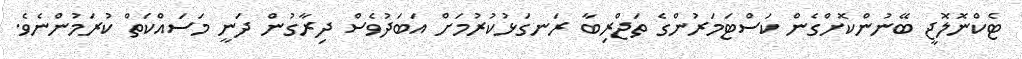
ޓެކްނޮލޮޖީ ބޭނުންކޮށްގެން ކަސްޓަމަރުންގެ ތަޖްރިބާ ރަނގަޅުކުރުމަށް އަބަދުވެސް ދިރާގުން ދަނީ މަސައްކަތް ކުރަމުންނެވެ.